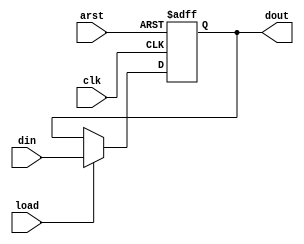
`timescale 1ns / 1ps
//////////////////////////////////////////////////////////////////////////////////
// Company: 
// Engineer: 
// 
// Design Name: 
// Module Name:    DFlop 
// Project Name: 
// Target Devices: 
// Tool versions: 
// Description: 
//
// Dependencies: 
//
// Revision: 
// Revision 0.01 - File Created
// Additional Comments: 
//
//////////////////////////////////////////////////////////////////////////////////
module DFlop(
	input  arst  , // async reset
	input  clk   , // clock posedge
	input  din   , // data  in
	input  load  , // data  load 
	output reg dout    // data  out
    );
	 wire D;
	 assign D = load ? din : dout; 
	 always @(posedge clk or posedge arst) 
		begin
		if(arst)
			begin
				dout <= 1'b0;
			end
		else
			begin
				dout <= D;
			end
	end


endmodule